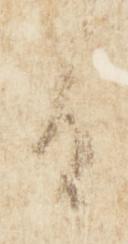
日